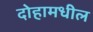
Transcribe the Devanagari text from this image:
दोहामधील